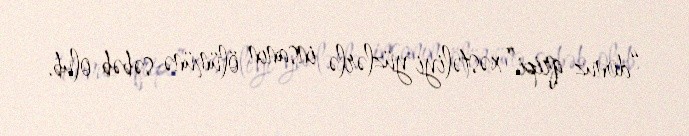
“donuz qripi” xəstəliyi yüzlərlə insanın ölümünə səbəb olub.